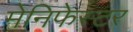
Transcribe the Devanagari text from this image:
मेनिफेस्टर